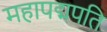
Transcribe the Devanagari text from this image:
महापद्मपति